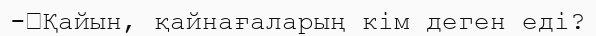
-	Қайын, қайнағаларың кім деген еді?